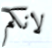
لانكم